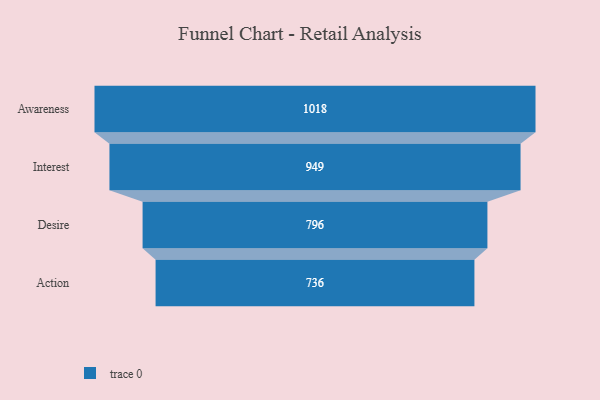
{"axis": {"x": "Stage", "y": "Value"}, "legend": [""], "data": [{"x": "Awareness", "y": 1018.0, "type": ""}, {"x": "Interest", "y": 949.0, "type": ""}, {"x": "Desire", "y": 796.0, "type": ""}, {"x": "Action", "y": 736.0, "type": ""}]}